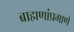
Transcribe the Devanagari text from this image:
ब्राह्मणांप्रमाणे